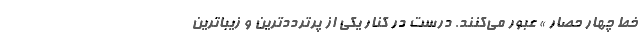
خط چهار حصار » عبور می‌کنند. درست در کنار یکی از پرترددترین و زیباترین